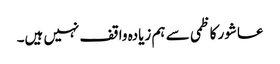
عاشور کاظمی سے ہم زیادہ واقف نہیں ہیں۔